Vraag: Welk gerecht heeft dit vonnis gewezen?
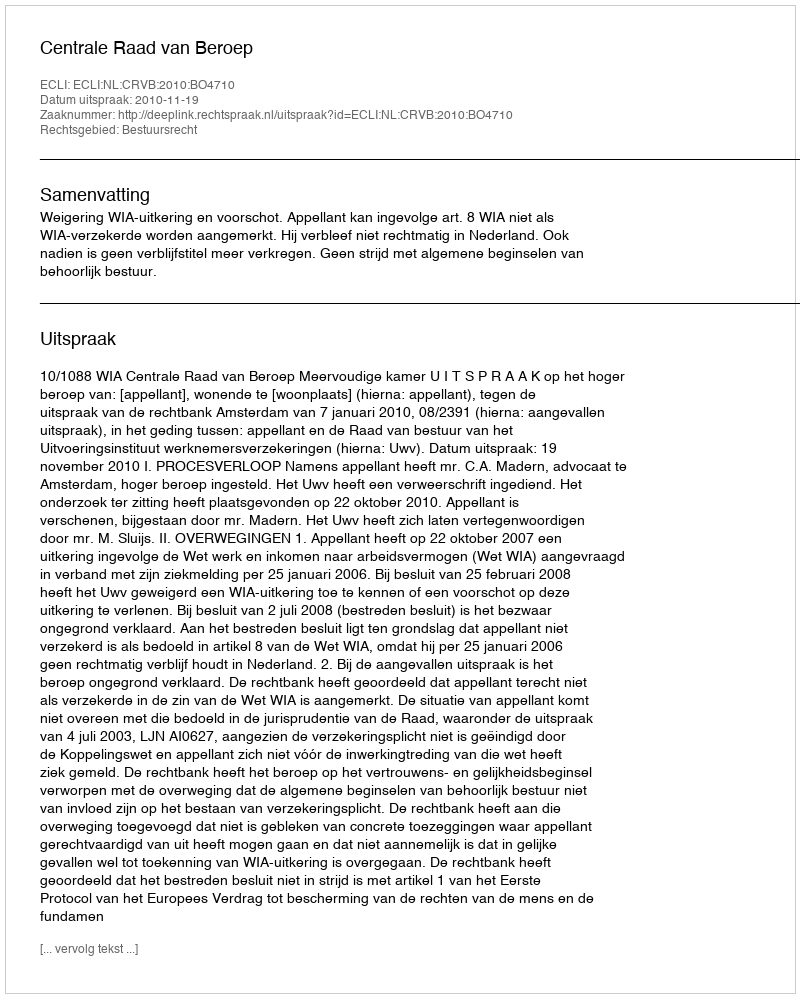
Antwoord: Centrale Raad van Beroep